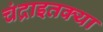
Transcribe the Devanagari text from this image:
चंद्राइतक्या